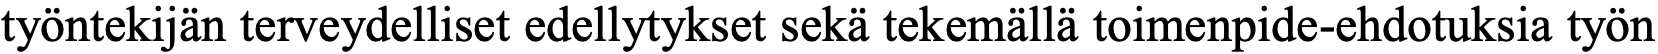
työntekijän terveydelliset edellytykset sekä tekemällä toimenpide-ehdotuksia työn